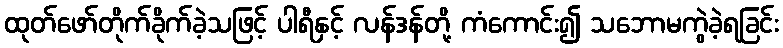
ထုတ်ဖော်တိုက်ခိုက်ခဲ့သဖြင့် ပါရီနှင့် လန်ဒန်တို့ ကံကောင်း၍ သဘောမကွဲခဲ့ရခြင်း